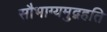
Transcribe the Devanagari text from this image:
सौभाग्यमुद्वहति